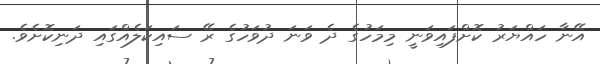
އޭނާ ހައްޔަރު ކޮށްފައިވަނީ މިމަހުގެ ދެ ވަނަ ދުވަހުގެ ރޭ ސައިކަލެއްގައި ދަނިކޮށެވެ.